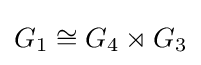
G_{1}\cong G_{4}\rtimes G_{3}